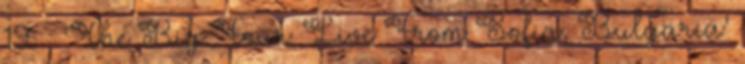
19. ↑ 'The Big Four: Live From Sofia, Bulgaria'